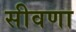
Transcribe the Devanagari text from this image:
सीवणा